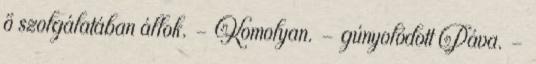
ő szolgálatában állok. - Komolyan. – gúnyolódott Páva. –